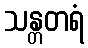
သန္တတရံ